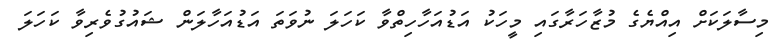
މިސާލަކަށް އިއްޔެގެ މުޒާހަރާގައި މީހަކު އަޑުއަހާހިތްވާ ކަހަލަ ނުވަތަ އަޑުއަހާލަން ޝައުގުވެރިވާ ކަހަލަ